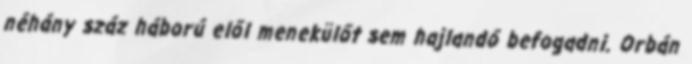
néhány száz háború elől menekülőt sem hajlandó befogadni. Orbán